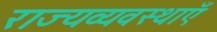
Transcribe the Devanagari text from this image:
राज्यव्यवस्थाएँ